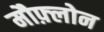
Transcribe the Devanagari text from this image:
मौफ़्लोन